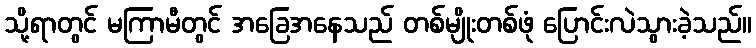
သို့ရာတွင် မကြာမီတွင် အခြေအနေသည် တစ်မျိုးတစ်ဖုံ ပြောင်းလဲသွားခဲ့သည်။